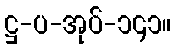
ဋ္ဌ-ပ-အုပ်-၁၄၁။